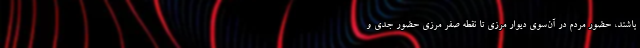
باشند، حضور مردم در آن‌سوی دیوار مرزی تا نقطه صفر مرزی حضور جدی و